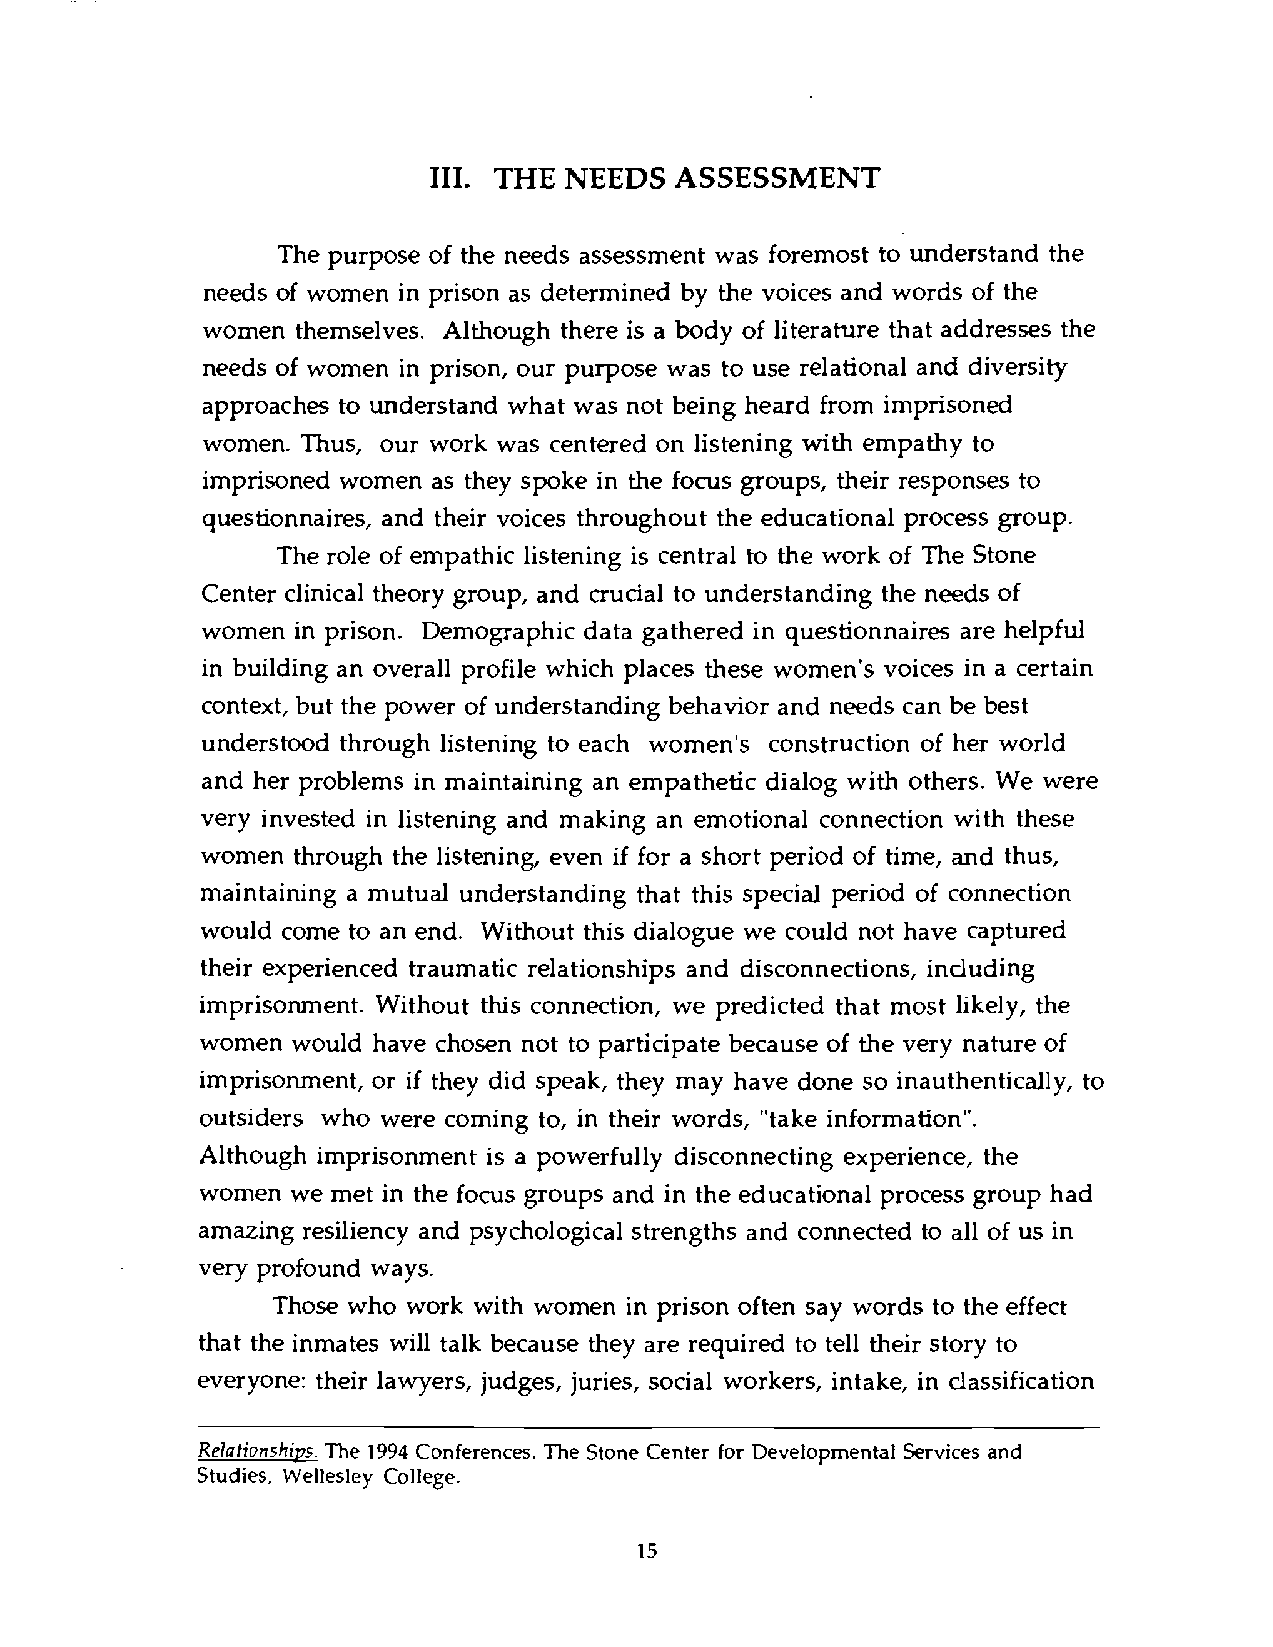
111. THE NEEDS   ASSESSMENT
 The purpose of the needs assessment was foremost to understand the
 needs of women in prison as determined by the voices and words of the
 women  themselves. Although there is a body of literature that addresses the
 needs of women in prison, our purpose was to use relational and diversity
 approaches to understand what was not being heard from imprisoned
 women. Thus, our work was centered on listening with empathy to
 imprisoned women as they spoke in the focus groups, their responses to
 questionnaires, and their voices throughout the educational process group.
 The role of empathic listening is central to the work of The Stone
 Center clinical theory group, and crucial to understanding the needs of
 women in prison. Demographic data gathered in questionnaires are helpful
 in building an overall profile which places these women's voices in a certain
 context, but the power of understanding behavior and needs can be best
 understood through listening to each women's construction of her world
 and her problems in maintaining an empathetic dialog with others. We were
 very invested in listening and making an emotional connection with these
 women through the listening, even if for a short period of time, and thus,
 maintaining a mutual understanding that this special period of connection
 would come to an end. Without this dialogue we could not have captured
 their experienced traumatic relationships and disconnections, including
 imprisonment. Without this connection, we predicted that most likely, the
 women would have chosen not to participate because of the very nature of
 imprisonment, or if they did speak, they may have done so inauthentically, to
 outsiders who were coming to, in their words, "take information".
 Although imprisonment is a powerfully disconnecting experience, the
 women we met in the focus groups and in the educational process group had
 amazing resiliency and psychological strengths and connected to all of us in
 very profound ways.
 Those who work with women in prison often say words to the effect
 that the inmates will talk because they are required to tell their story to
 everyone: their lawyers, judges, juries, social workers, intake, in classification
 Relationshivs. The 1994 Conferences. The Stone Center for Developmental Services and
 Studies, Wellesley College.
 15